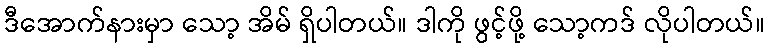
ဒီအောက်နားမှာ သော့ အိမ် ရှိပါတယ်။ ဒါကို ဖွင့်ဖို့ သော့ကဒ် လိုပါတယ်။